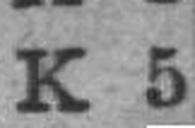
K 5